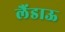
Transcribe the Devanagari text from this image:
लैंडाऊ